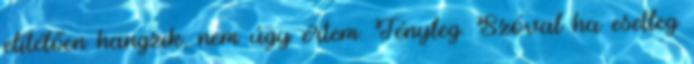
elítélően hangzik, nem úgy értem. Tényleg. Szóval ha esetleg